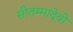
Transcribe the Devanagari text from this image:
सीतम्मादेवी